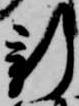
新